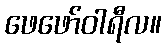
ဖေဖော်ဝါရီလ။